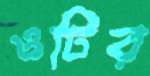
ওটির